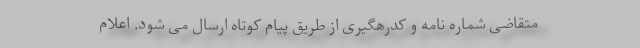
متقاضی شماره نامه و کدرهگیری از طریق پیام کوتاه ارسال می شود. اعلام